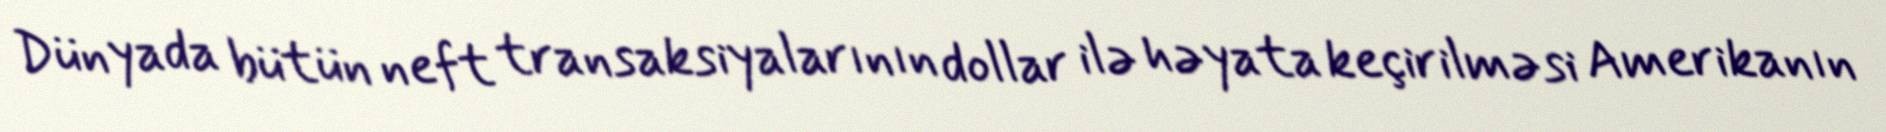
Dünyada bütün neft transaksiyalarının dollar ilə həyata keçirilməsi Amerikanın